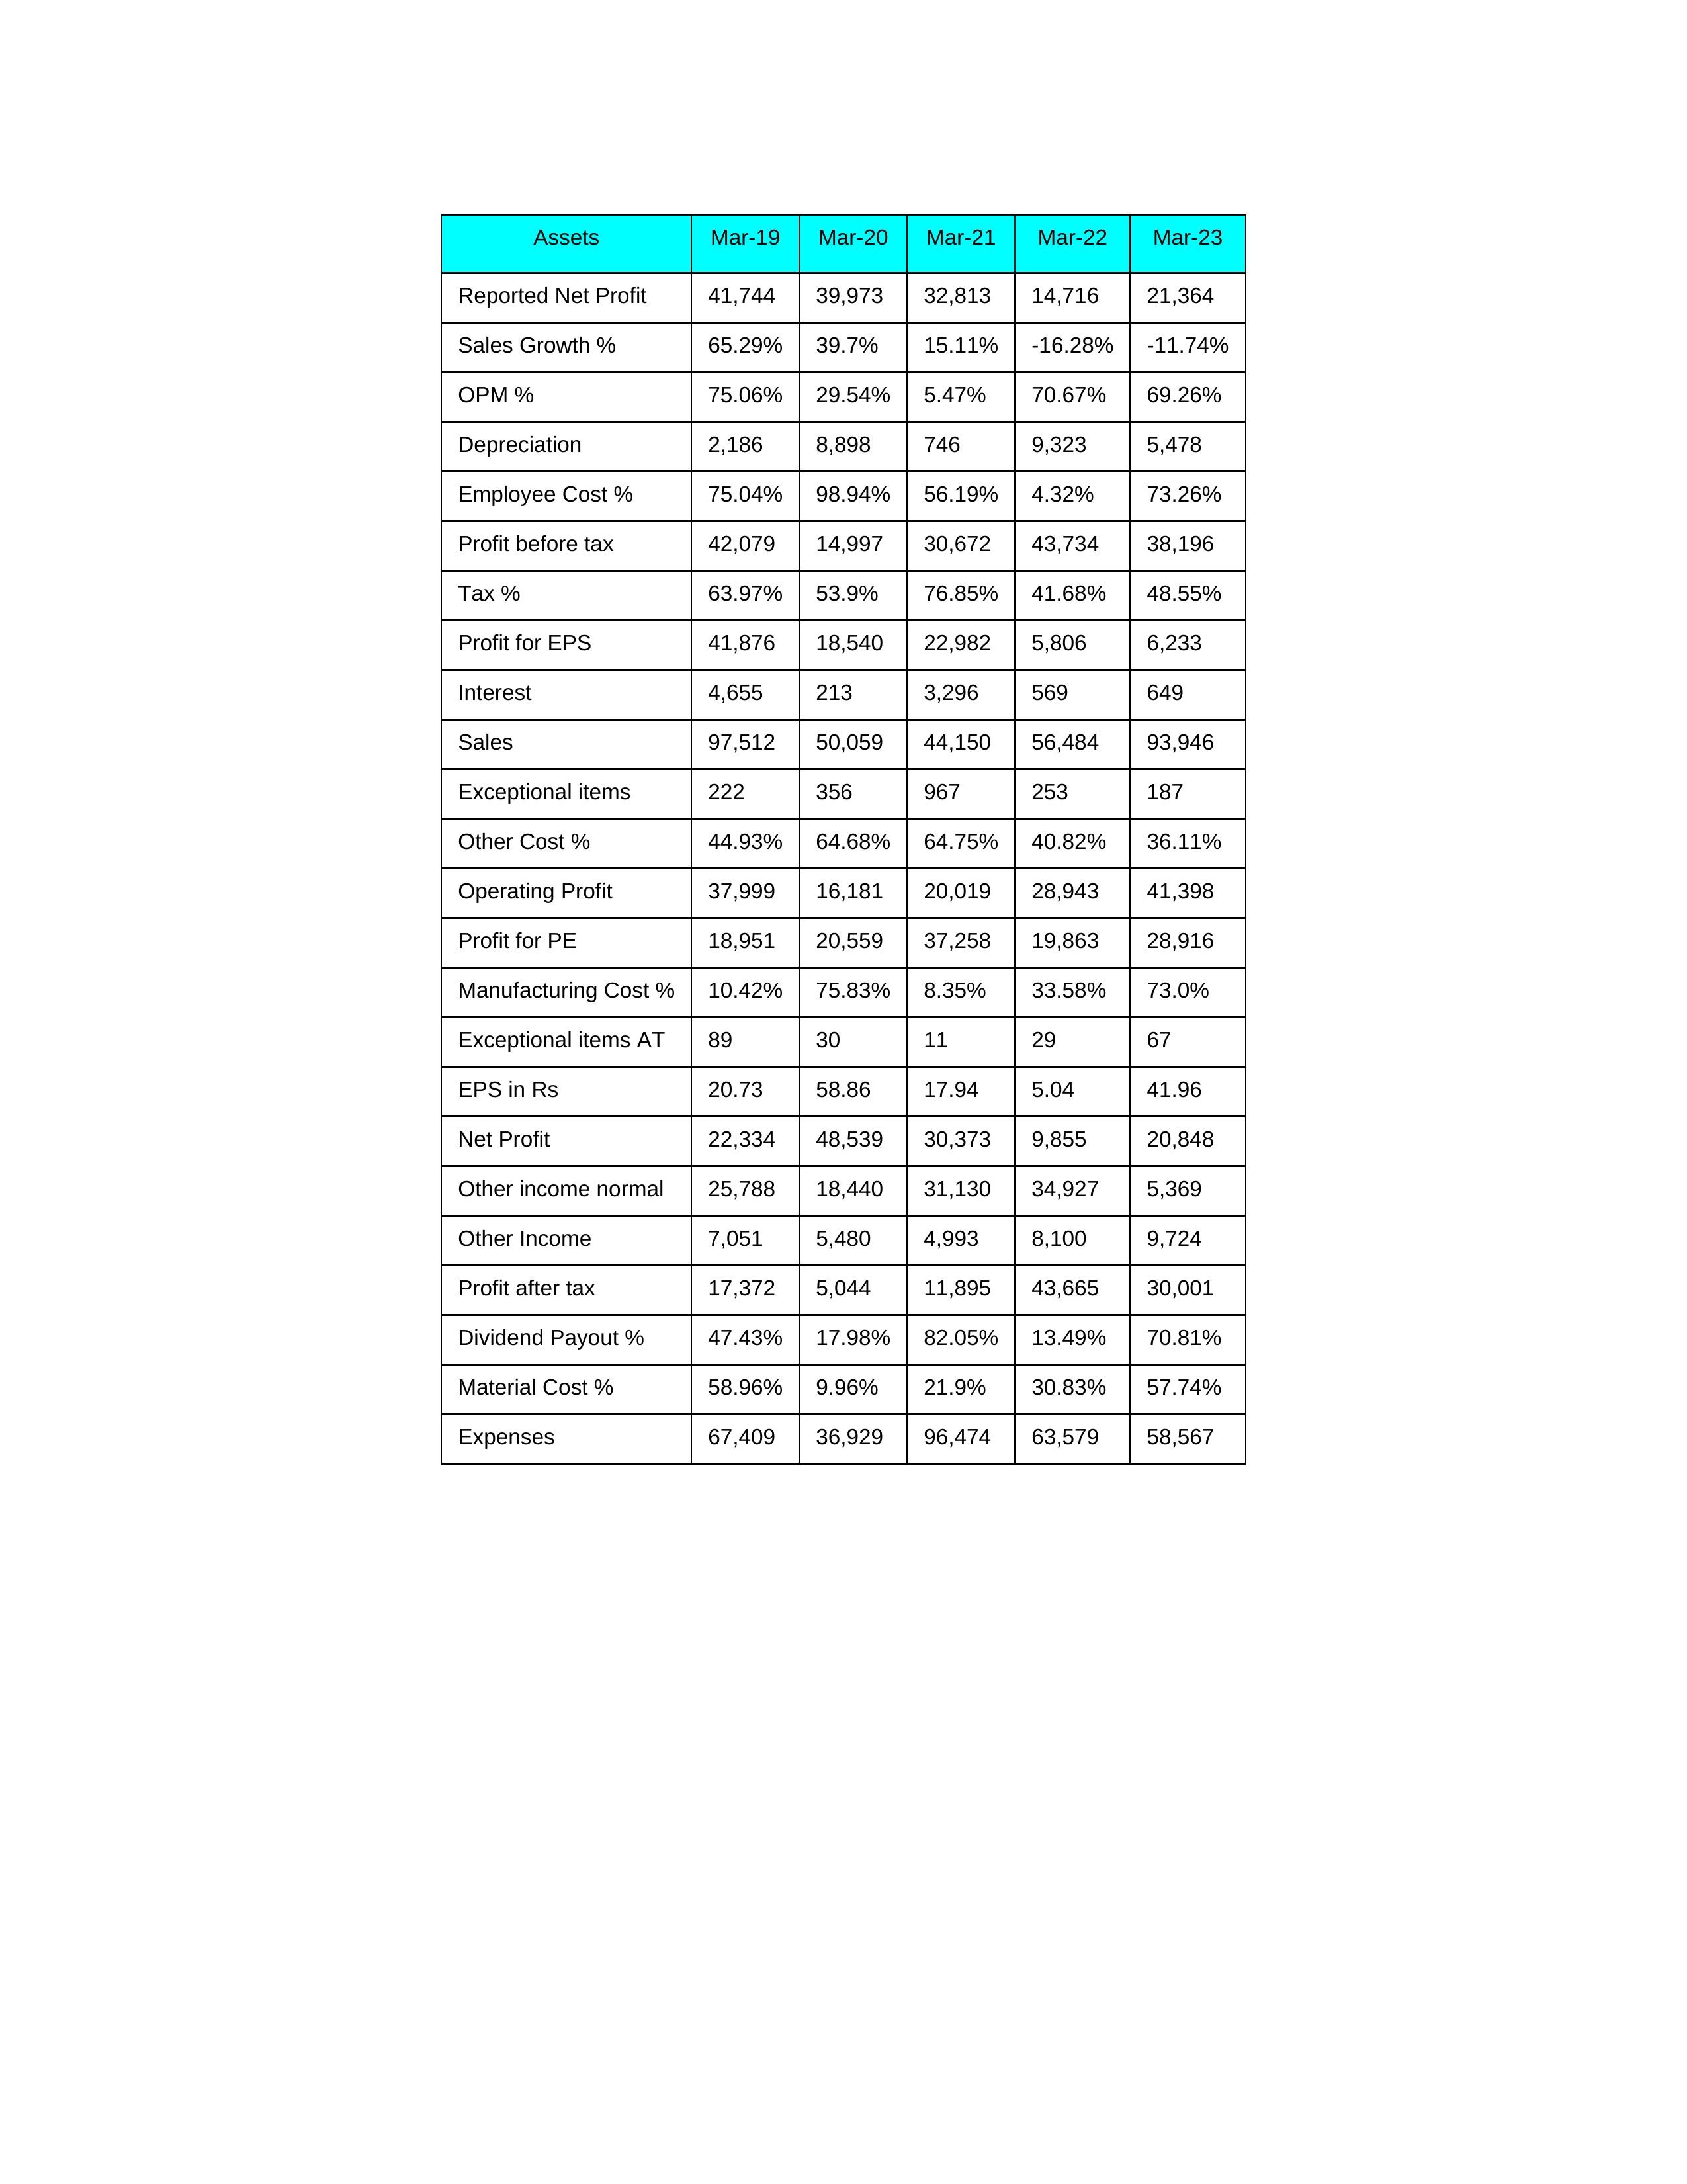
gt_parse: Mar-19: Sales: 97,512
Sales Growth %: 65.29%
Expenses: 67,409
Material Cost %: 58.96%
Manufacturing Cost %: 10.42%
Employee Cost %: 75.04%
Other Cost %: 44.93%
Operating Profit: 37,999
OPM %: 75.06%
Other Income: 7,051
Exceptional items: 222
Other income normal: 25,788
Interest: 4,655
Depreciation: 2,186
Profit before tax: 42,079
Tax %: 63.97%
Net Profit: 22,334
Profit after tax: 17,372
Reported Net Profit: 41,744
Profit for EPS: 41,876
Exceptional items AT: 89
Profit for PE: 18,951
EPS in Rs: 20.73
Dividend Payout %: 47.43%
Mar-20: Sales: 50,059
Sales Growth %: 39.7%
Expenses: 36,929
Material Cost %: 9.96%
Manufacturing Cost %: 75.83%
Employee Cost %: 98.94%
Other Cost %: 64.68%
Operating Profit: 16,181
OPM %: 29.54%
Other Income: 5,480
Exceptional items: 356
Other income normal: 18,440
Interest: 213
Depreciation: 8,898
Profit before tax: 14,997
Tax %: 53.9%
Net Profit: 48,539
Profit after tax: 5,044
Reported Net Profit: 39,973
Profit for EPS: 18,540
Exceptional items AT: 30
Profit for PE: 20,559
EPS in Rs: 58.86
Dividend Payout %: 17.98%
Mar-21: Sales: 44,150
Sales Growth %: 15.11%
Expenses: 96,474
Material Cost %: 21.9%
Manufacturing Cost %: 8.35%
Employee Cost %: 56.19%
Other Cost %: 64.75%
Operating Profit: 20,019
OPM %: 5.47%
Other Income: 4,993
Exceptional items: 967
Other income normal: 31,130
Interest: 3,296
Depreciation: 746
Profit before tax: 30,672
Tax %: 76.85%
Net Profit: 30,373
Profit after tax: 11,895
Reported Net Profit: 32,813
Profit for EPS: 22,982
Exceptional items AT: 11
Profit for PE: 37,258
EPS in Rs: 17.94
Dividend Payout %: 82.05%
Mar-22: Sales: 56,484
Sales Growth %: -16.28%
Expenses: 63,579
Material Cost %: 30.83%
Manufacturing Cost %: 33.58%
Employee Cost %: 4.32%
Other Cost %: 40.82%
Operating Profit: 28,943
OPM %: 70.67%
Other Income: 8,100
Exceptional items: 253
Other income normal: 34,927
Interest: 569
Depreciation: 9,323
Profit before tax: 43,734
Tax %: 41.68%
Net Profit: 9,855
Profit after tax: 43,665
Reported Net Profit: 14,716
Profit for EPS: 5,806
Exceptional items AT: 29
Profit for PE: 19,863
EPS in Rs: 5.04
Dividend Payout %: 13.49%
Mar-23: Sales: 93,946
Sales Growth %: -11.74%
Expenses: 58,567
Material Cost %: 57.74%
Manufacturing Cost %: 73.0%
Employee Cost %: 73.26%
Other Cost %: 36.11%
Operating Profit: 41,398
OPM %: 69.26%
Other Income: 9,724
Exceptional items: 187
Other income normal: 5,369
Interest: 649
Depreciation: 5,478
Profit before tax: 38,196
Tax %: 48.55%
Net Profit: 20,848
Profit after tax: 30,001
Reported Net Profit: 21,364
Profit for EPS: 6,233
Exceptional items AT: 67
Profit for PE: 28,916
EPS in Rs: 41.96
Dividend Payout %: 70.81%